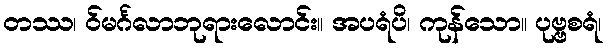
တဿ၊ ဝ်မင်္ဂလာဘုရားလောင်း။ အပရံပိ၊ ကုန်သော။ ပုဗ္ဗစရံ၊